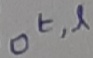
Text: ot,l